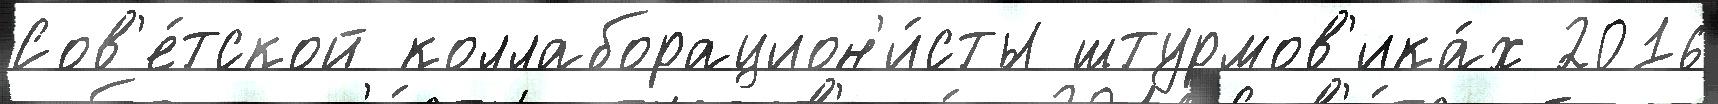
Сов'е́тской коллаборацион'и́сты штурмов'ика́х 2016